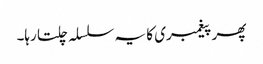
پھر پیغمبری کا یہ سلسلہ چلتا رہا۔